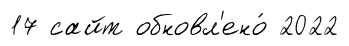
17 сайт обновл'ено́ 2022